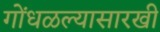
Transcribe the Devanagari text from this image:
गोंधळल्यासारखी